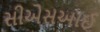
સીએસઆઈ